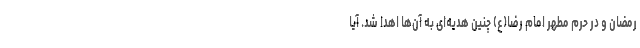
رمضان و در حرم مطهر امام رضا(ع) چنین هدیه‌ای به آن‌ها اهدا شد. آیا